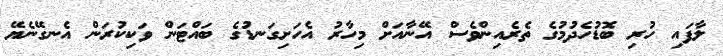
ލާފައި ހުރި ބޮޑުހެދުމުގެ ތެރެއިންވެސް އޭނާއަށް މިހާރު އެހަށިގަނޑުގެ ބައްޓަން ވަކިކުރަން އެނގޭނެޔޭ